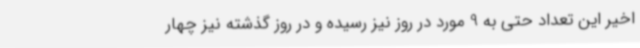
اخیر این تعداد حتی به 9 مورد در روز نیز رسیده و در روز گذشته نیز چهار